Civil Veterinary Department Bihar & Orissa reports 1922-29 - 1922-1929
Year: 1922
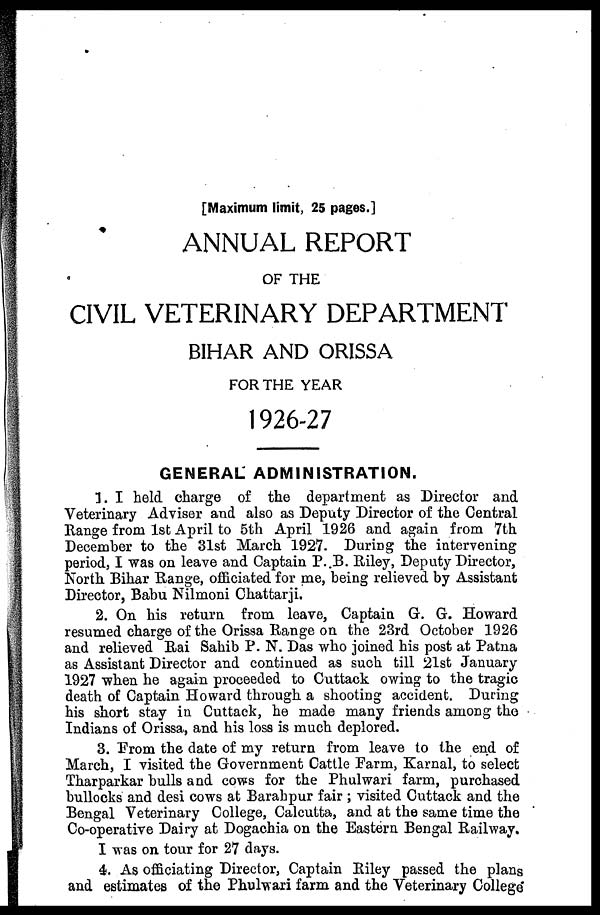
[Maximum limit, 25 pages.]
ANNUAL REPORT
OF THE
CIVIL VETERINARY DEPARTMENT
BIHAR AND ORISSA
FOR THE YEAR
1926-27
GENERAL ADMINISTRATION.
1. I held charge of the department as Director and
Veterinary Adviser and also as Deputy Director of the Central
Range from 1st April to 5th April 1926 and again from 7th
December to the 31st March 1927. During the intervening
period, I was on leave and Captain P..B. Riley, Deputy Director,
North Bihar Range, officiated for me, being relieved by Assistant
Director, Babu Nilmoni Chattarji.
2. On his return from leave, Captain G. G. Howard
resumed charge of the Orissa Range on the 23rd October 1926
and relieved Rai Sahib P. N. Das who joined his post at Patna
as Assistant Director and continued as such till 21st January
1927 when he again proceeded to Cuttack owing to the tragic
death of Captain Howard through a shooting accident. During
his short stay in Cuttack, he made many friends among the
Indians of Orissa, and his loss is much deplored.
3. Prom the date of my return from leave to the end of
March, I visited the Government Cattle Farm, Karnal, to select
Tharparkar bulls and cows for the Phulwari farm, purchased
bullocks and desi cows at Barahpur fair; visited Cuttack and the
Bengal Veterinary College, Calcutta, and at the same time the
Co-operative Dairy at Dogachia on the Eastern Bengal Railway.
I was on tour for 27 days.
4. As officiating Director, Captain Riley passed the plans
and estimates of the Phulwari farm and the Veterinary College